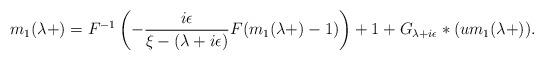
LaTeX: \begin{align*}m_1(\lambda+) = F^{-1}\left(-\frac{i\epsilon}{\xi-(\lambda+i\epsilon)}F(m_1(\lambda+)-1) \right)+1+G_{\lambda+i\epsilon}*(um_1(\lambda+)).\end{align*}